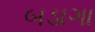
બડાગા